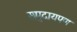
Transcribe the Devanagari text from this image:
समुदायपण